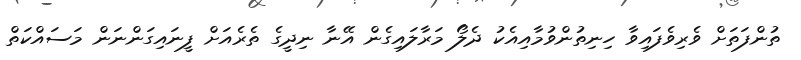
ތުންފަތަށް ވެރިވެފައިވާ ހިނިތުންވުމާއިއެކު ދެލޯ މަރާލައިގެން އޭނާ ނިދީގެ ތެރެއަށް ފީނައިގަންނަން މަސައްކަތް